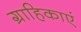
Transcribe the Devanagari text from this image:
ग्राहिकाएं